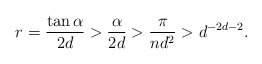
\begin{align*} r = \frac{\tan \alpha}{2d} > \frac{\alpha}{2d} > \frac{\pi}{nd^2} > d^{-2d-2}. \end{align*}